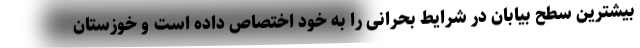
بیشترین سطح بیابان در شرایط بحرانی را به خود اختصاص داده است و خوزستان